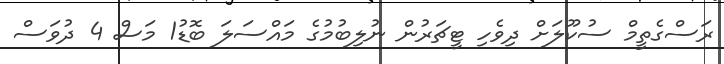
ރަސްގެތީމް ސުކޫލަށް ދިވެހި ޓީޗަރުން ނުލިބުމުގެ މައްސަލަ ބޮޑު1 މަސް 4 ދުވަސް